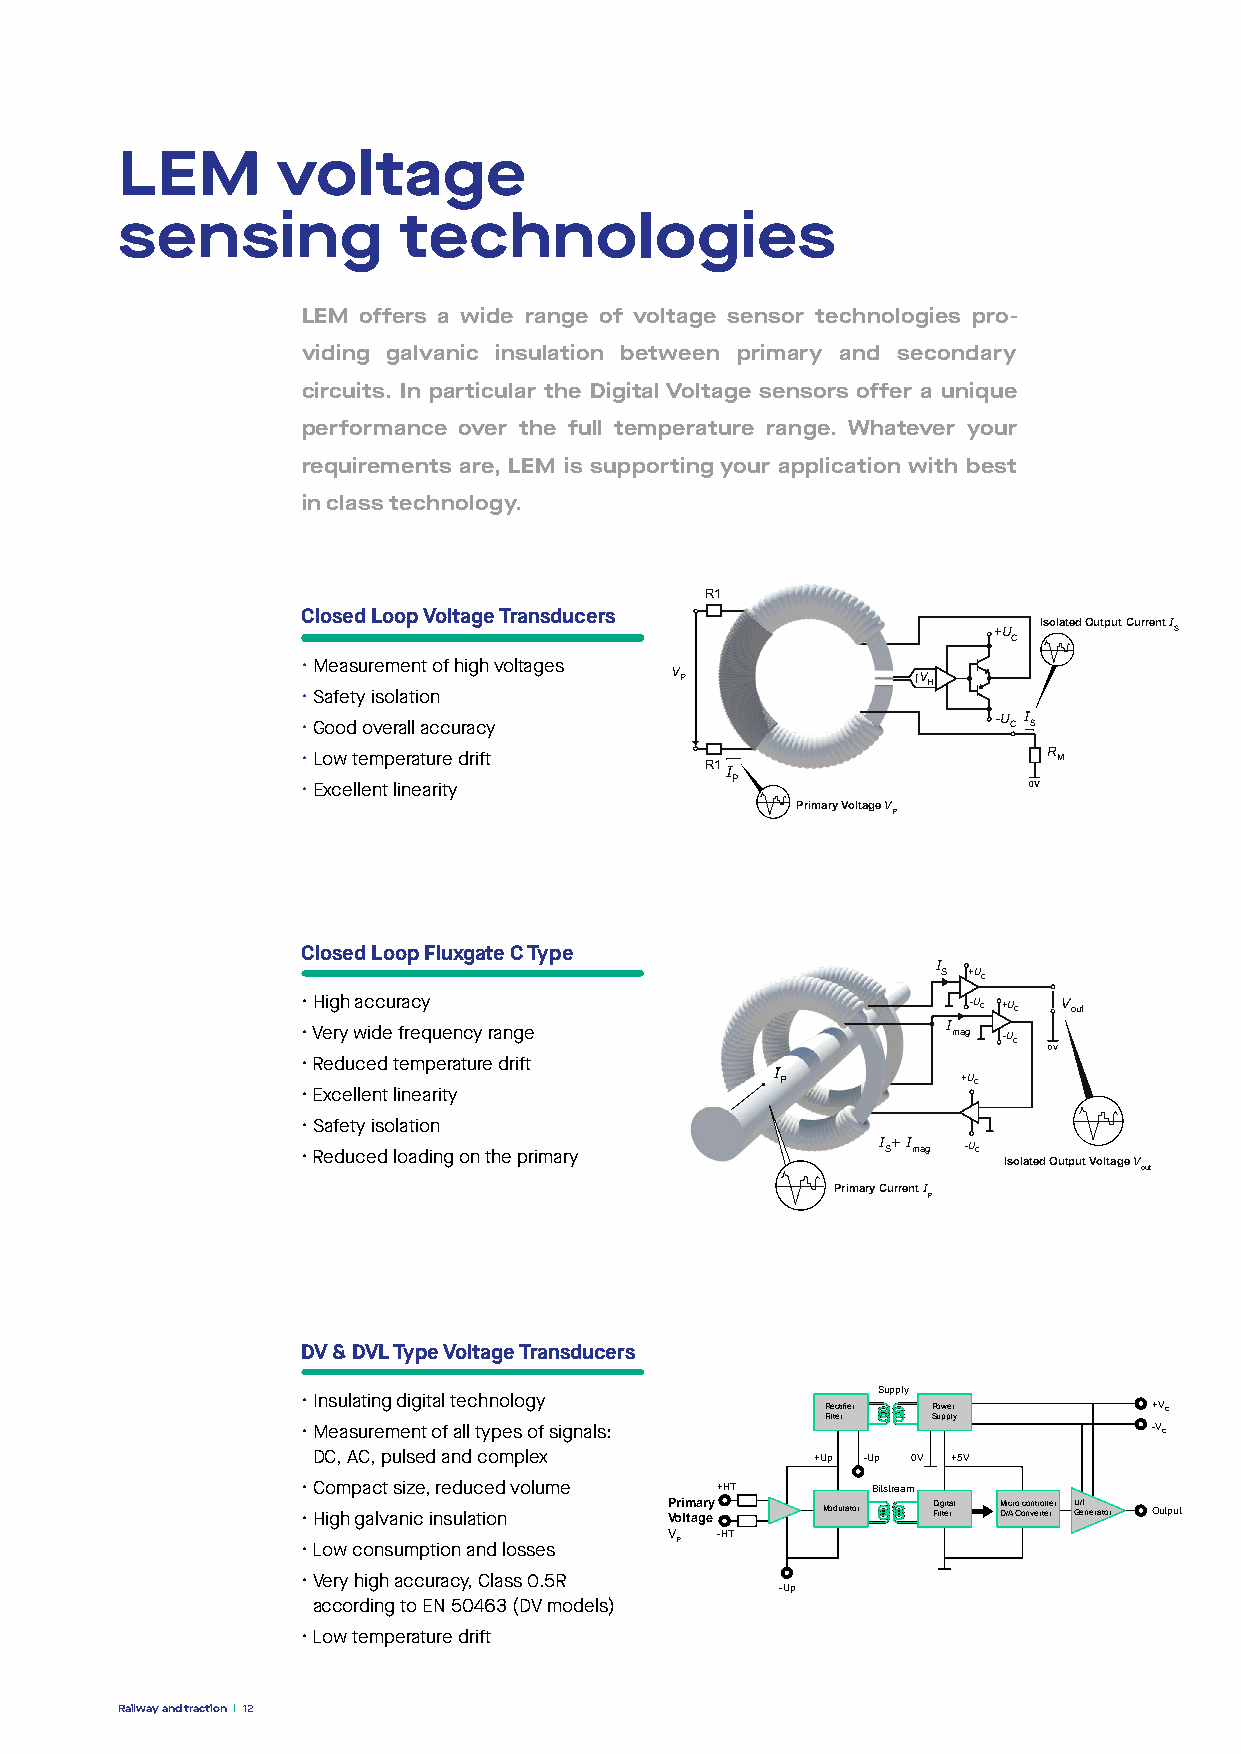
LEM       voltage
 sensing           technologies
 LEM offers a wide range of voltage sensor technologies pro-
 viding galvanic insulation between primary and secondary
 circuits. In particular the Digital Voltage sensors offer a unique
 performance over the full temperature range. Whatever your
 requirements are, LEM is supporting your application with best
 in class technology.
 R1
 Closed Loop Voltage Transducers
 Isolated Output Current I
 +U          S
 C
 • Measurement of high voltages
 V P              V H
 • Safety isolation
 • Good overall accuracy                       -U C I S
 • Low temperature drift                          R M
 R1I
 • Excellent linearity       P                   0V
 Primary Voltage V
 P
 Closed Loop Fluxgate C Type
 I
 S +UC
 • High accuracy                             -UC +UC V out
 • Very wide frequency range                I mag -UC
 0V
 • Reduced temperature drift
 I
 P           +UC
 • Excellent linearity
 • Safety isolation
 • Reduced loading on the primary      I S+ I mag -UC
 Isolated Output Voltage V
 out
 Primary Current I
 P
 DV & DVL Type Voltage Transducers
 Supply
 • Insulating digital technology
 Rectifier Power      +VC
 Filter Supply
 • Measurement of all types of signals:                  -VC
 DC, AC, pulsed and complex       +Up -Up 0V +5V
 • Compact size, reduced volume +HT    Bitstream
 • High galvanic insulation P Vori lm taa gr ey Modulator D Fii lg teit ral M D/i Acr o C oc no vn etr ro telle rr U G/ eI nerator Output
 V  -HT
 • Low consumption and losses P
 • Very high accuracy, Class 0.5R
 -Up
 according to EN 50463 (DV models)
 • Low temperature drift
 Railway and traction 12